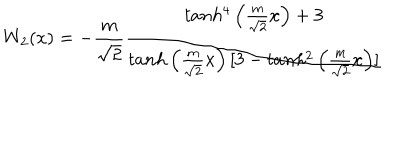
LaTeX: W _ { 2 } ( x ) = - \frac { m } { \sqrt 2 } \frac { t a n h ^ { 4 } \left( \frac { m } { \sqrt 2 } x \right) + 3 } { t a n h \left( \frac { m } { \sqrt 2 } x \right) [ 3 - t a n h ^ { 2 } \left( \frac { m } { \sqrt 2 } x \right) ] }